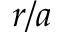
r / a